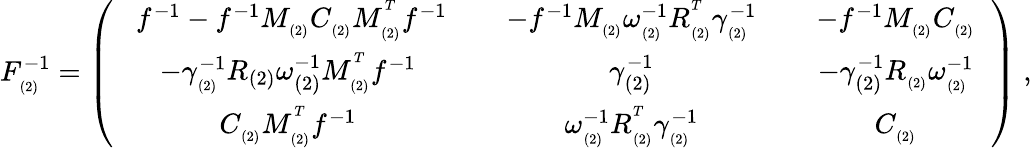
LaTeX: F_{_{(2)}}^{-1}=\left(\begin{array}{ccc}{{\ \; \; f^{-1}-f^{-1}M_{_{(2)}}C_{_{(2)}}M_{_{(2)}}^{^T}f^{-1}\; \; }}&{{\; \; -f^{-1}M_{_{(2)}}\omega_{_{(2)}}^{-1}R_{_{(2)}}^{^T}\gamma_{_{(2)}}^{-1}\; \; }}&{{\; \; -f^{-1}M_{_{(2)}}C_{_{(2)}}\; \; }}\\ {{-\gamma_{_{(2)}}^{-1}R_{(2)}\omega_{(2)}^{-1}M_{_{(2)}}^{^T}f^{-1}}}&{{\gamma_{(2)}^{-1}}}&{{-\gamma_{(2)}^{-1}R_{_{(2)}}\omega_{_{(2)}}^{-1}}}\\ {{C_{_{(2)}}M_{_{(2)}}^{^T}f^{-1}}}&{{\omega_{_{(2)}}^{-1}R_{_{(2)}}^{^T}\gamma_{_{(2)}}^{-1}}}&{{C_{_{(2)}}}}\end{array}\right)\; ,